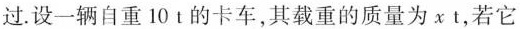
过.设一辆自重10t的卡车，其载重的质量为xt，若它